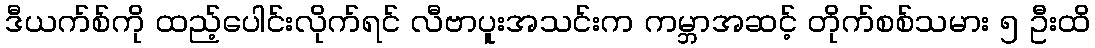
ဒီယက်စ်ကို ထည့်ပေါင်းလိုက်ရင် လီဗာပူးအသင်းက ကမ္ဘာအဆင့် တိုက်စစ်သမား ၅ ဦးထိ